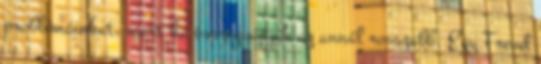
problémáinkat, mert ha összegyűjtjük az annál rosszabb. Egy Freud